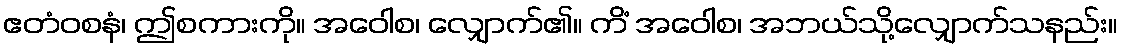
ဧတံဝစနံ၊ ဤစကားကို။ အဝေါစ၊ လျှောက်၏။ ကိံ အဝေါစ၊ အဘယ်သို့လျှောက်သနည်း။